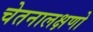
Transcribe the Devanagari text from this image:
चेतनालक्षणो